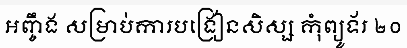
អញ្ចឹង សម្រាប់ការបង្រៀនសិស្ស កុំព្យូទ័រ ២០